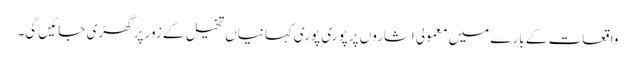
واقعات کے بارے میں معمولی اشاروں پر پوری پوری کہانیاں تخیل کے زور پر گھڑی جائیں گی۔